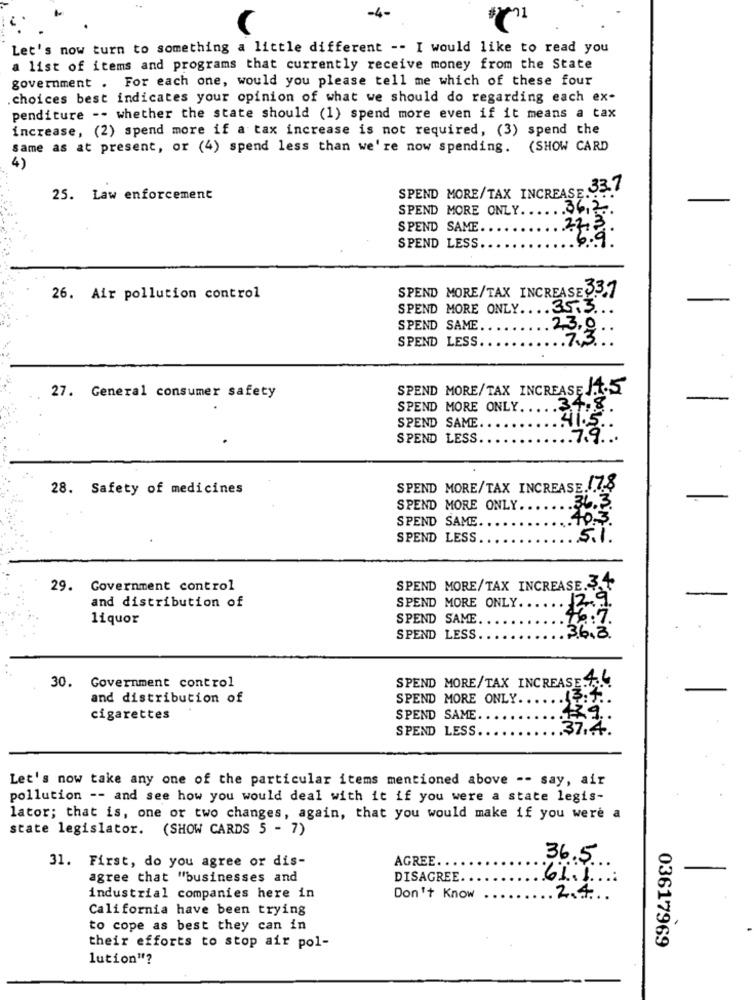
-4-
Let's now turn to something a little different -- I would like to read you
a list of items and programs that currently receive money from the State
government . For each one, would you please tell me which of these four
choices best indicates your opinion of what we should do regarding each ex-
penditure -- whether the state should (1) spend more even if it means a tax
increase, (2) spend more if a tax increase is not required, (3) spend the
same as at present, or (4) spend less than we're now spending. (SHOW CARD
4)
SPEND MORE/TAX INCREASE. 33.7
25. Law enforcement
SPEND MORE ONLY.
.06.2 ..
SPEND SAME.
22.3.
6.9:
SPEND LESS.
SPEND MORE/TAX INCREASES3.7
26. Air pollution control
SPEND MORE ONLY .... 35.3 ...
SPEND SAME ..
2.3,0 ..
SPEND LESS ..
SPEND MORE/TAX INCREASE J.1.5
27. General consumer safety
SPEND MORE ONLY.
SPEND SAME
41.5.
SPEND LESS.
. 7.9 . ..
28. Safety of medicines
SPEND MORE/TAX INCREASE.17.8
SPEND MORE ONLY ..
.36.3.
SPEND SAME.
.40.3.
SPEND LESS
5.1.
29. Government control
SPEND MORE/TAX INCREASE.3.
SPEND MORE ONLY. ..
and distribution of
liquor
SPEND SAME.
46:7
SPEND
LESS.
3.6.3.
SPEND MORE/TAX INCREASE.4.4.
30. Government control
and distribution of
SPEND MORE ONLY.
13. 1 ..
39.
cigarettes
SPEND SAME
SPEND LESS.
.37.4.
Let's now take any one of the particular items mentioned above -- say, air
pollution -- and see how you would deal with it if you were a state legis-
lator; that is, one or two changes, again, that you would make if you were a
state legislator. (SHOW CARDS 5 - 7)
AGREE.
36.5
31. First, do you agree or dis-
agree that "businesses and
DISAGREE
61.1
industrial companies here in
Don't Know
2.4
California have been trying
to cope as best they can in
03617969
their efforts to stop air pol-
lution"?